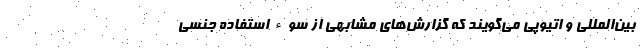
بین‌المللی و اتیوپی می‌گویند که گزارش‌های مشابهی از سوء استفاده جنسی